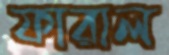
ফারাল